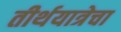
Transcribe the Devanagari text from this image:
तीर्थयात्रेचा